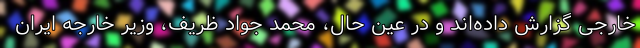
خارجی گزارش داده‌‌اند و در عین حال، محمد جواد ظریف، وزیر خارجه ایران